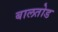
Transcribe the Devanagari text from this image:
बालतोड